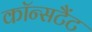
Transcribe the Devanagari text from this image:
कॉन्सटैंट